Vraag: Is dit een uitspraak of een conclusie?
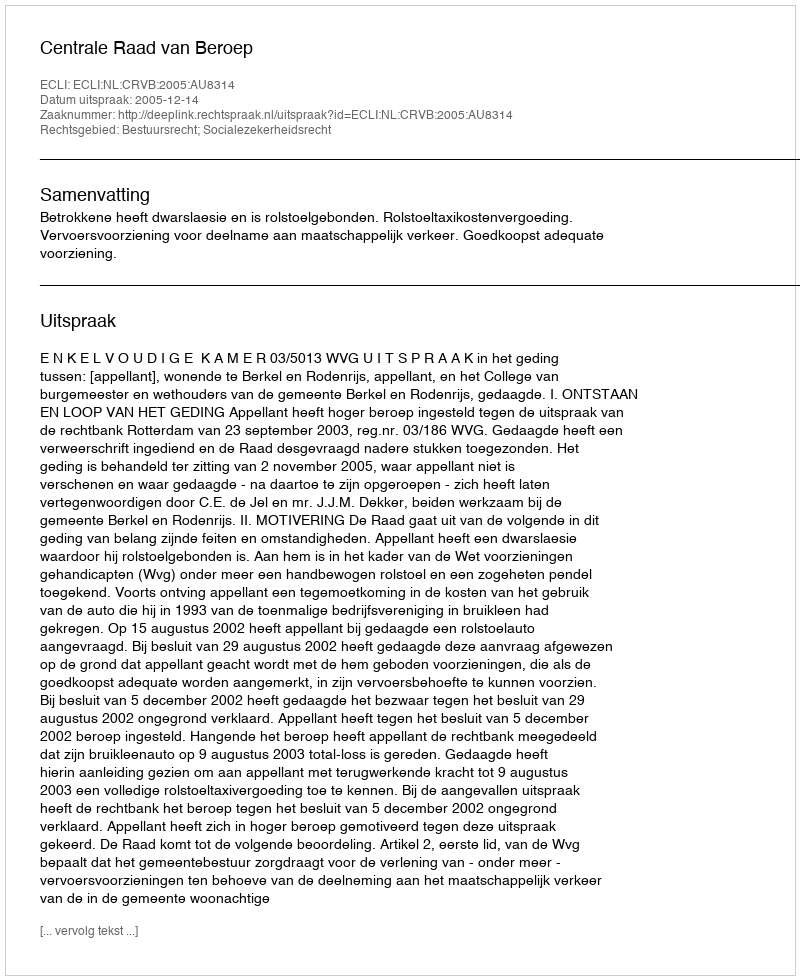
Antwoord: Uitspraak